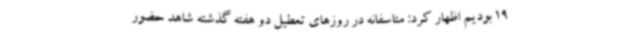
19 بودیم اظهار کرد: متاسفانه در روزهای تعطیل دو هفته گذشته شاهد حضور